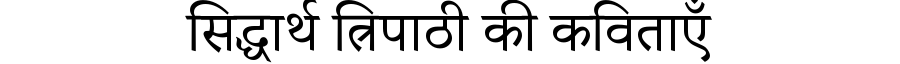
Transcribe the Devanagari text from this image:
सिद्धार्थ त्रिपाठी की कविताएँ